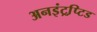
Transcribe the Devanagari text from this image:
अनइंट्रप्टि़ड